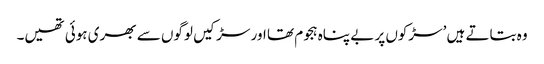
وہ بتاتے ہیں ’سڑکوں پر بے پناہ ہجوم تھا اور سڑکیں لوگوں سے بھری ہوئی تھیں۔